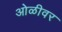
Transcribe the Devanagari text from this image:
ओळीवर